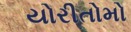
યોરીતોમો